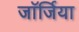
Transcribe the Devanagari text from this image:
जाॅर्जिया